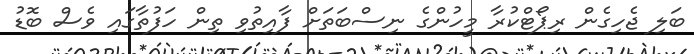
ބަލި ޖެހިގެން ރިޕޯޓްކުރާ މީހުންގެ ނިސްބަތަށް ފާއިތުވި ތިން ހަފުތާގައި ވެސް ބޮޑު